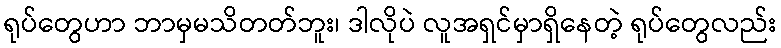
ရုပ်တွေဟာ ဘာမှမသိတတ်ဘူး၊ ဒါလိုပဲ လူအရှင်မှာရှိနေတဲ့ ရုပ်တွေလည်း